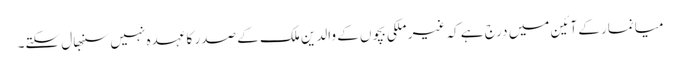
میانمار کے آئین میں درج ہے کہ غیر ملکی بچوں کے والدین ملک کے صدر کا عہدہ نہیں سنبھال سکتے۔